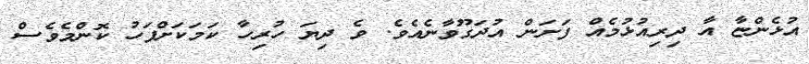
އުޅެންޏާ އާ ދިރިއުޅުމެއް ފަށަން އުދަގޫވާނެއެވެ. ވެ ދިޔަ ހުރިހާ ކަމަކަށްފަހު ކޮންމެވެސް